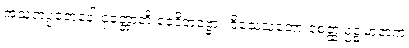
အသုဘပ္ပဘေဒေါ ဝုတ္တောတိ ဝေဒိတဗ္ဗော။ ဝိသေသတော စေတ္ထ ဥဒ္ဓုမာတကံ